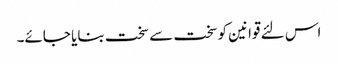
اس لئے قوانین کوسخت سے سخت بنایا جائے۔